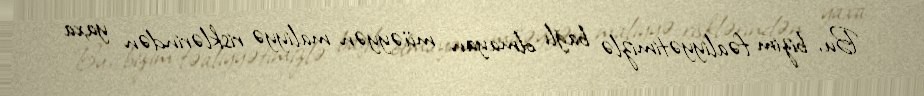
Bu, bizim fəaliyyətimizlə bağlı olmayan müəyyən maliyyə risklərindən yaxa